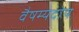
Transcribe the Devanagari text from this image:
वैषम्यदोष